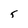
Character: 5